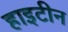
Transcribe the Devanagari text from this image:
हाइटीन